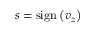
s = \mathrm { s i g n } \left( v _ { z } \right)